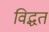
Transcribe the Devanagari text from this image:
विद्धत